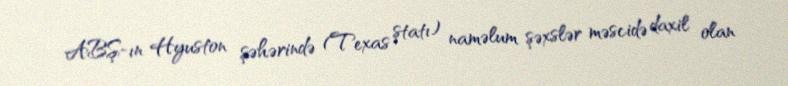
ABŞ-ın Hyuston şəhərində (Texas ştatı) naməlum şəxslər məscidə daxil olan